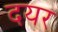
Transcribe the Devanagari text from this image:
दयर